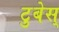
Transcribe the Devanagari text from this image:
टुबेस्